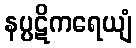
နပ္ပဋိကရေယျံ